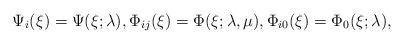
LaTeX: \begin{align*}\Psi_i(\xi)=\Psi(\xi;\lambda), \Phi_{ij}(\xi)=\Phi(\xi; \lambda,\mu), \Phi_{i0}(\xi)=\Phi_0(\xi;\lambda),\end{align*}